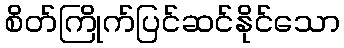
စိတ်ကြိုက်ပြင်ဆင်နိုင်သော